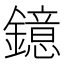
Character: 鐿